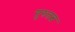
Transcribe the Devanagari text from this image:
गुरुतत्व